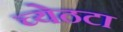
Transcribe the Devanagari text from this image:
च्येठटा